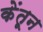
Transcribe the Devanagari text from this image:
केंतून